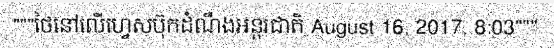
"""ថៃនៅលើហ្វេសប៊ុកដំណឹងអន្តរជាតិ August 16, 2017, 8:03"""